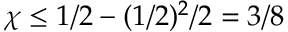
\chi \le 1 / 2 - ( 1 / 2 ) ^ { 2 } / 2 = 3 / 8